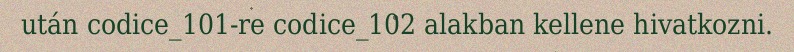
után codice_101-re codice_102 alakban kellene hivatkozni.